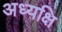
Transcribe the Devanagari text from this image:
अध्यक्षि